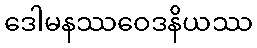
ဒေါမနဿဝေဒနိယဿ